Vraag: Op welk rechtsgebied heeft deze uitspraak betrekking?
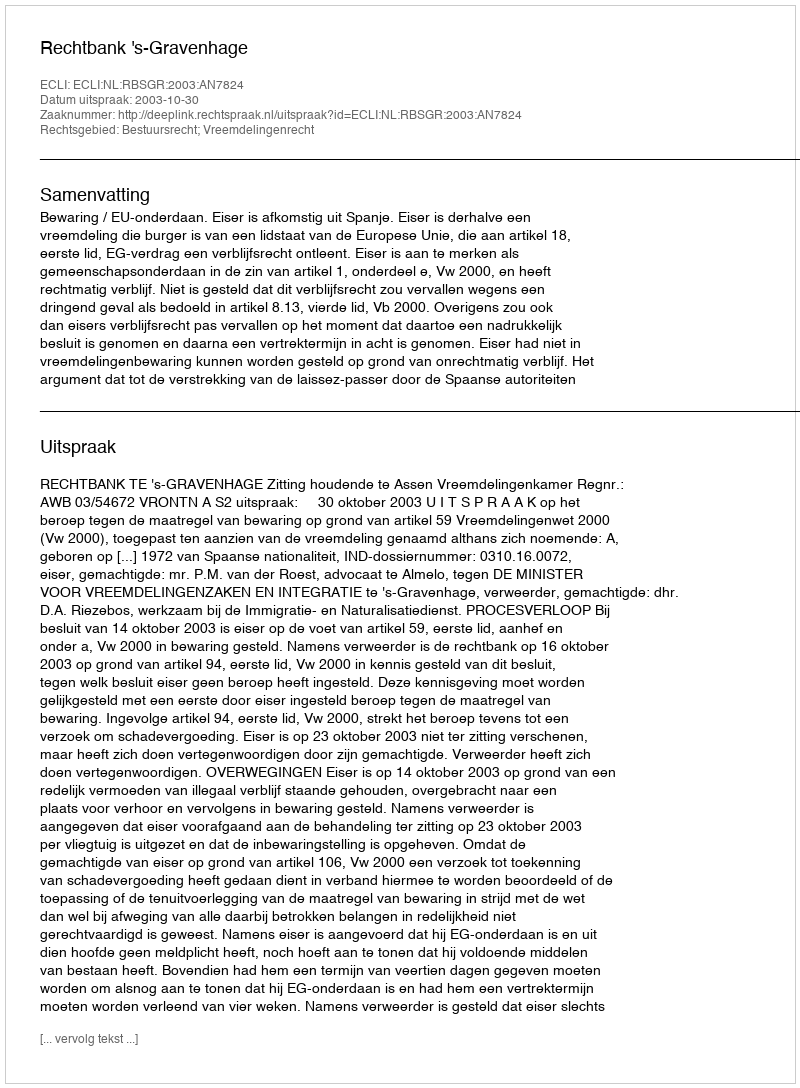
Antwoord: Bestuursrecht; Vreemdelingenrecht